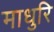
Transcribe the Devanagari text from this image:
माधुरि